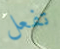
تفعل